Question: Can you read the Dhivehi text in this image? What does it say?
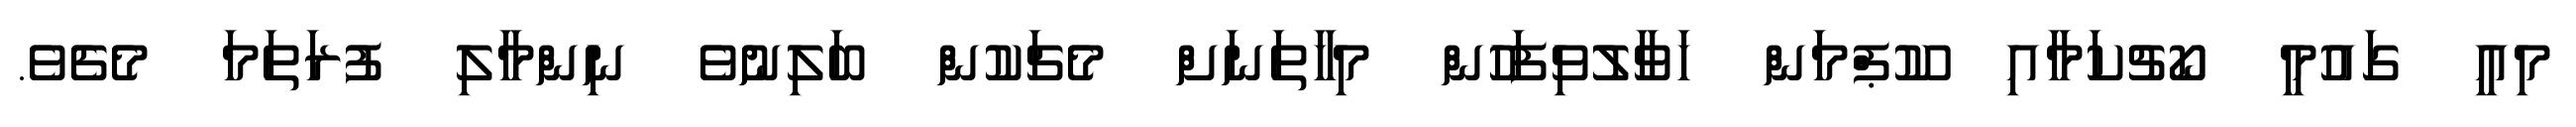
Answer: މިއީ ގައުމީ ކޯޗުކަމާއި ކޫޕްމަން ހަވާލުވިފަހުން މިހާތަނަށް މެޗަކުން ބަލިނުވެ ނިންމާލި ފުރަތަމަ މެޗެވެ.